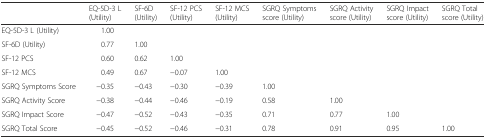
|  | EQ-5D-3 L (Utility) | SF-6D (Utility) | SF-12 PCS (Utility) | SF-12 MCS (Utility) | SGRQ Symptoms score (Utility) | SGRQ Activity score (Utility) | SGRQ Impact score (Utility) | SGRQ Total score (Utility) |
 | --- | --- | --- | --- | --- | --- | --- | --- | --- |
 | EQ-5D-3 L (Utility) | 1.00 |  |  |  |  |  |  |  |
 | SF-6D (Utility) | 0.77 | 1.00 |  |  |  |  |  |  |
 | SF-12 PCS | 0.60 | 0.62 | 1.00 |  |  |  |  |  |
 | SF-12 MCS | 0.49 | 0.67 | −0.07 | 1.00 |  |  |  |  |
 | SGRQ Symptoms Score | −0.35 | −0.43 | −0.30 | −0.39 | 1.00 |  |  |  |
 | SGRQ Activity Score | −0.38 | −0.44 | −0.46 | −0.19 | 0.58 | 1.00 |  |  |
 | SGRQ Impact Score | −0.47 | −0.52 | −0.43 | −0.35 | 0.71 | 0.77 | 1.00 |  |
 | SGRQ Total Score | −0.45 | −0.52 | −0.46 | −0.31 | 0.78 | 0.91 | 0.95 | 1.00 |